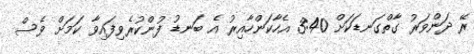
ރޭ ދަންވަރު ގާތްގަނޑަކަށް 3:40 އެހާކަންހާއިރު އެ ބަނޑު ފުންކުރެވިފައިވާ ކަމަށް ވެސް